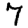
Digit: 7